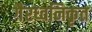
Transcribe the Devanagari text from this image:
गैरध्वनिकृत